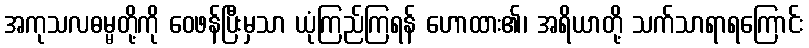
အကုသလဓမ္မတို့ကို ဝေဖန်ပြီးမှသာ ယုံကြည်ကြရန် ဟောထား၏၊ အရိယာတို့ သက်သာရာရကြောင်း